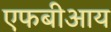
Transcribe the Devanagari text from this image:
एफबीआय